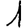
Digit: 1